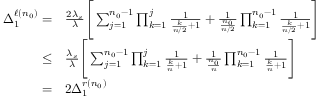
\begin{array} { r l } { \Delta _ { 1 } ^ { \ell ( n _ { 0 } ) } = } & { \frac { 2 \lambda _ { s } } { \lambda } \Bigg [ \sum _ { j = 1 } ^ { n _ { 0 } - 1 } \prod _ { k = 1 } ^ { j } \frac { 1 } { \frac { k } { n / 2 } + 1 } + \frac { 1 } { \frac { n _ { 0 } } { n / 2 } } \prod _ { k = 1 } ^ { n _ { 0 } - 1 } \frac { 1 } { \frac { k } { n / 2 } + 1 } \Bigg ] } \\ { \leq } & { \frac { \lambda _ { s } } { \lambda } \Bigg [ \sum _ { j = 1 } ^ { n _ { 0 } - 1 } \prod _ { k = 1 } ^ { j } \frac { 1 } { \frac { k } { n } + 1 } + \frac { 1 } { \frac { n _ { 0 } } { n } } \prod _ { k = 1 } ^ { n _ { 0 } - 1 } \frac { 1 } { \frac { k } { n } + 1 } \Bigg ] } \\ { = } & { 2 \Delta _ { 1 } ^ { r ( n _ { 0 } ) } } \end{array}